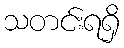
သတင်းရရှိ